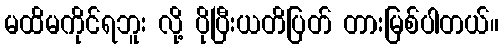
မထိမကိုင်ရဘူး လို့ ပိုပြီးယတိပြတ် တားမြစ်ပါတယ်။